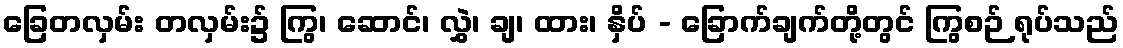
ခြေတလှမ်း တလှမ်း၌ ကြွ၊ ဆောင်၊ လွှဲ၊ ချ၊ ထား၊ နှိပ် - ခြောက်ချက်တို့တွင် ကြွစဉ် ရုပ်သည်